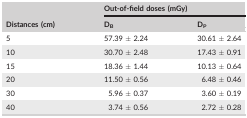
<table><thead><tr><td rowspan="2"><b>Distances (cm)</b></td><td colspan="2"><b>Out‐of‐field doses (mGy)</b></td></tr><tr><td><b>D<sub>B</sub></b></td><td><b>D<sub>P</sub></b></td></tr></thead><tbody><tr><td>5</td><td>57.39 ± 2.24</td><td>30.61 ± 2.64</td></tr><tr><td>10</td><td>30.70 ± 2.48</td><td>17.43 ± 0.91</td></tr><tr><td>15</td><td>18.36 ± 1.44</td><td>10.13 ± 0.64</td></tr><tr><td>20</td><td>11.50 ± 0.56</td><td>6.48 ± 0.46</td></tr><tr><td>30</td><td>5.96 ± 0.37</td><td>3.60 ± 0.19</td></tr><tr><td>40</td><td>3.74 ± 0.56</td><td>2.72 ± 0.28</td></tr></tbody></table>